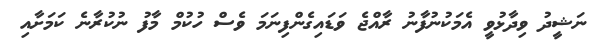
ނަޝީދު ވިދާޅުވީ އެމަކުނުފާނު ރާއްޖެ ވަޑައިގެންފިނަމަ ވެސް ހުކުމް މާފު ނުކުރާނެ ކަމަށާއި